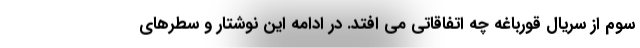
سوم از سریال قورباغه چه اتفاقاتی می افتد. در ادامه این نوشتار و سطرهای